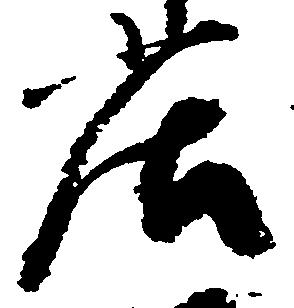
庄